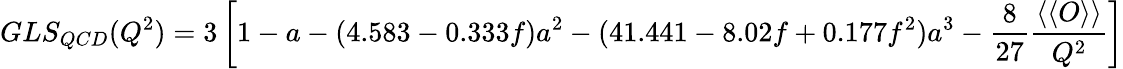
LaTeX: GLS_{QCD}(Q^{2})=3\left[1-a-(4.583-0.333f)a^{2}-(41.441-8.02f+0.177f^{2})a^{3}-\frac{8}{27}\frac{\langle\langle O\rangle\rangle}{Q^{2}}\right]